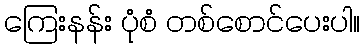
ကြေးနန်း ပုံစံ တစ်စောင်ပေးပါ။